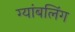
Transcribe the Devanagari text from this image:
ग्यांबलिंग